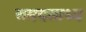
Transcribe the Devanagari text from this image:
समयसाध्य